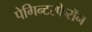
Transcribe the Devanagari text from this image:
पेगिन्टरफेरॉन